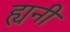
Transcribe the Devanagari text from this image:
ह्यनी